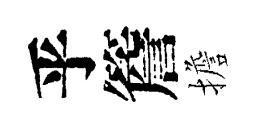
乎簷擔